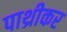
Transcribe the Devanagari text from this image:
पाथ्रीकर